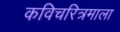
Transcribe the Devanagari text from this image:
कविचरित्रमाला